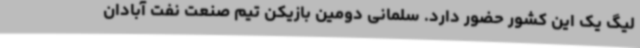
لیگ یک این کشور حضور دارد. سلمانی دومین بازیکن تیم صنعت نفت آبادان